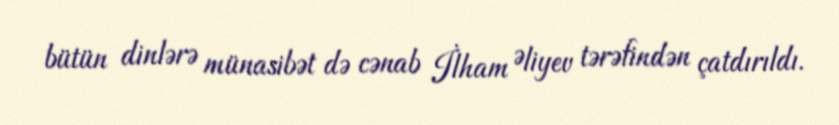
bütün dinlərə münasibət də cənab İlham Əliyev tərəfindən çatdırıldı.